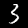
Label: 3